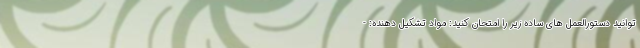
توانید دستورالعمل های ساده زیر را امتحان کنید: مواد تشکیل دهنده: -